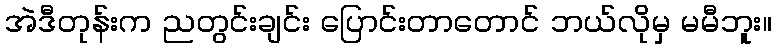
အဲဒီတုန်းက ညတွင်းချင်း ပြောင်းတာတောင် ဘယ်လိုမှ မမီဘူး။